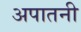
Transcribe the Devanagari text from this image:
अपातनी